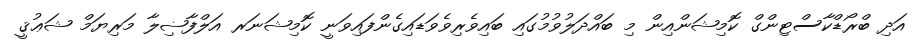
އަދި ބްރޯޑްކާސްޓިންގް ކޮމިޝަންއިން މި ބައްދަލުވުމުގައި ބައިވެރިވެވަޑައިގެންފައިވަނީ ކޮމިޝަނަރ އަލްފާޟިލާ މަރިޔަމް ޝަޢުޤީ